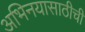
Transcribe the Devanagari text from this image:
अभिनयासाठीची